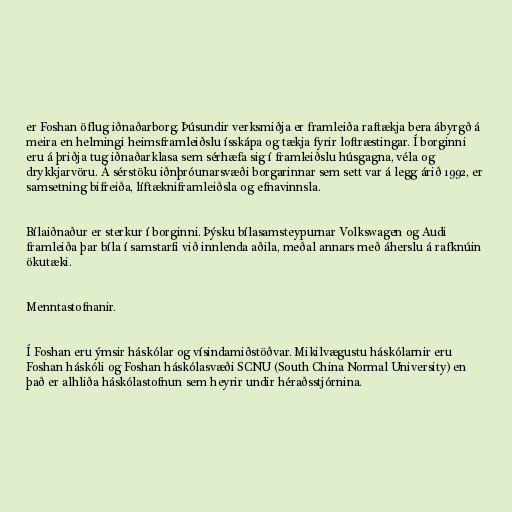
er Foshan öflug iðnaðarborg. Þúsundir verksmiðja er framleiða raftækja bera ábyrgð á
meira en helmingi heimsframleiðslu ísskápa og tækja fyrir loftræstingar. Í borginni
eru á þriðja tug iðnaðarklasa sem sérhæfa sig í framleiðslu húsgagna, véla og
drykkjarvöru. Á sérstöku iðnþróunarsvæði borgarinnar sem sett var á legg árið 1992, er
samsetning bifreiða, líftækniframleiðsla og efnavinnsla.

Bílaiðnaður er sterkur í borginni. Þýsku bílasamsteypurnar Volkswagen og Audi
framleiða þar bíla í samstarfi við innlenda aðila, meðal annars með áherslu á rafknúin
ökutæki.

Menntastofnanir.

Í Foshan eru ýmsir háskólar og vísindamiðstöðvar. Mikilvægustu háskólarnir eru
Foshan háskóli og Foshan háskólasvæði SCNU (South China Normal University) en
það er alhliða háskólastofnun sem heyrir undir héraðsstjórnina.